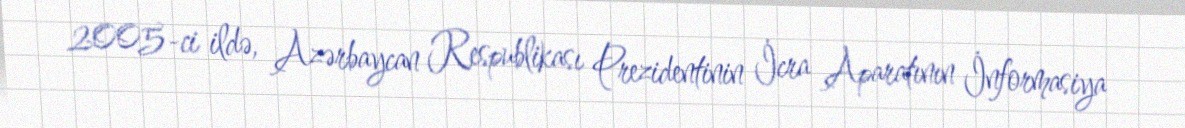
2005-ci ildə, Azərbaycan Respublikası Prezidentinin İcra Aparatının İnformasiya